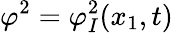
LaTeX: \varphi^{2}=\varphi_{I}^{2}(x_{1},t)